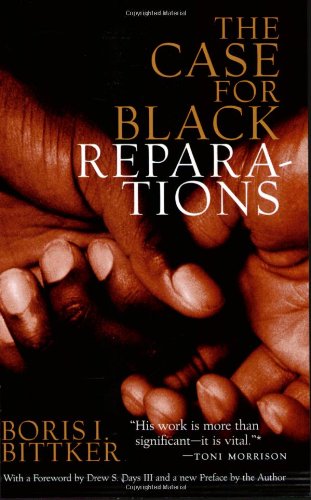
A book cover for The Case for Black Reparations; Boris Bittker; Law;